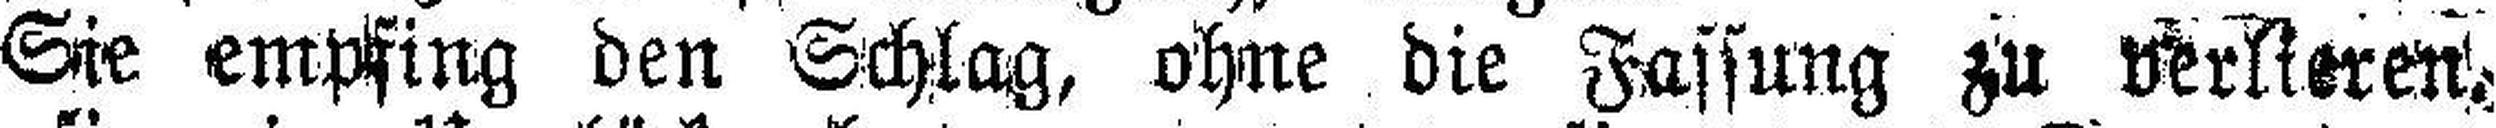
Sie empfing den Schlag, ohne die Fassung zu verlieren.